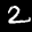
Label: 2